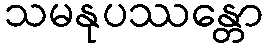
သမနုပဿန္တော